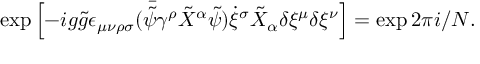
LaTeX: \exp \left[ - i g \tilde { g } \epsilon _ { \mu \nu \rho \sigma } ( \bar { \tilde { \psi } } \gamma ^ { \rho } \tilde { X } ^ { \alpha } \tilde { \psi } ) \dot { \xi } ^ { \sigma } \tilde { X } _ { \alpha } \delta \xi ^ { \mu } \delta \xi ^ { \nu } \right] = \exp 2 \pi i / N .